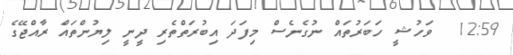
12:59  ވަހުޝީ ހަބަރުތައް ނުގެނެސް މިފަދަ އިބުރަތްތެރި ދީނީ ލިޔުންތައް ރާއްޖޭގެ